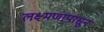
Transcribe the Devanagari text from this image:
लक्ष्मणापासून